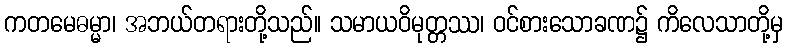
ကတမေဓမ္မာ၊ အဘယ်တရားတို့သည်။ သမာယဝိမုတ္တဿ၊ ဝင်စားသောခဏ၌ ကိလေသာတို့မှ